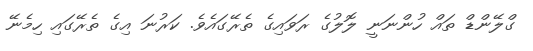
ގްލޭންޑް ތައް ހުންނަނީ ލޮލުގެ ރަވައިގެ ތެރޭގައެވެ. ކަރުނަ އިގެ ތެރޭގައި ހިމެނޭ